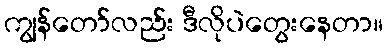
ကျွန်တော်လည်း ဒီလိုပဲတွေးနေတာ။